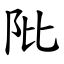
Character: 阰